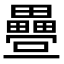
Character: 𭻸